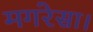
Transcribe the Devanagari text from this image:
मगरेसा।